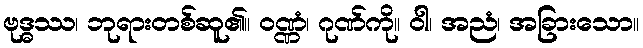
ဗုဒ္ဓဿ၊ ဘုရားတစ်ဆူ၏။ ဝဏ္ဏံ၊ ဂုဏ်ကို။ ဝါ၊ အညံ၊ အခြားသော။